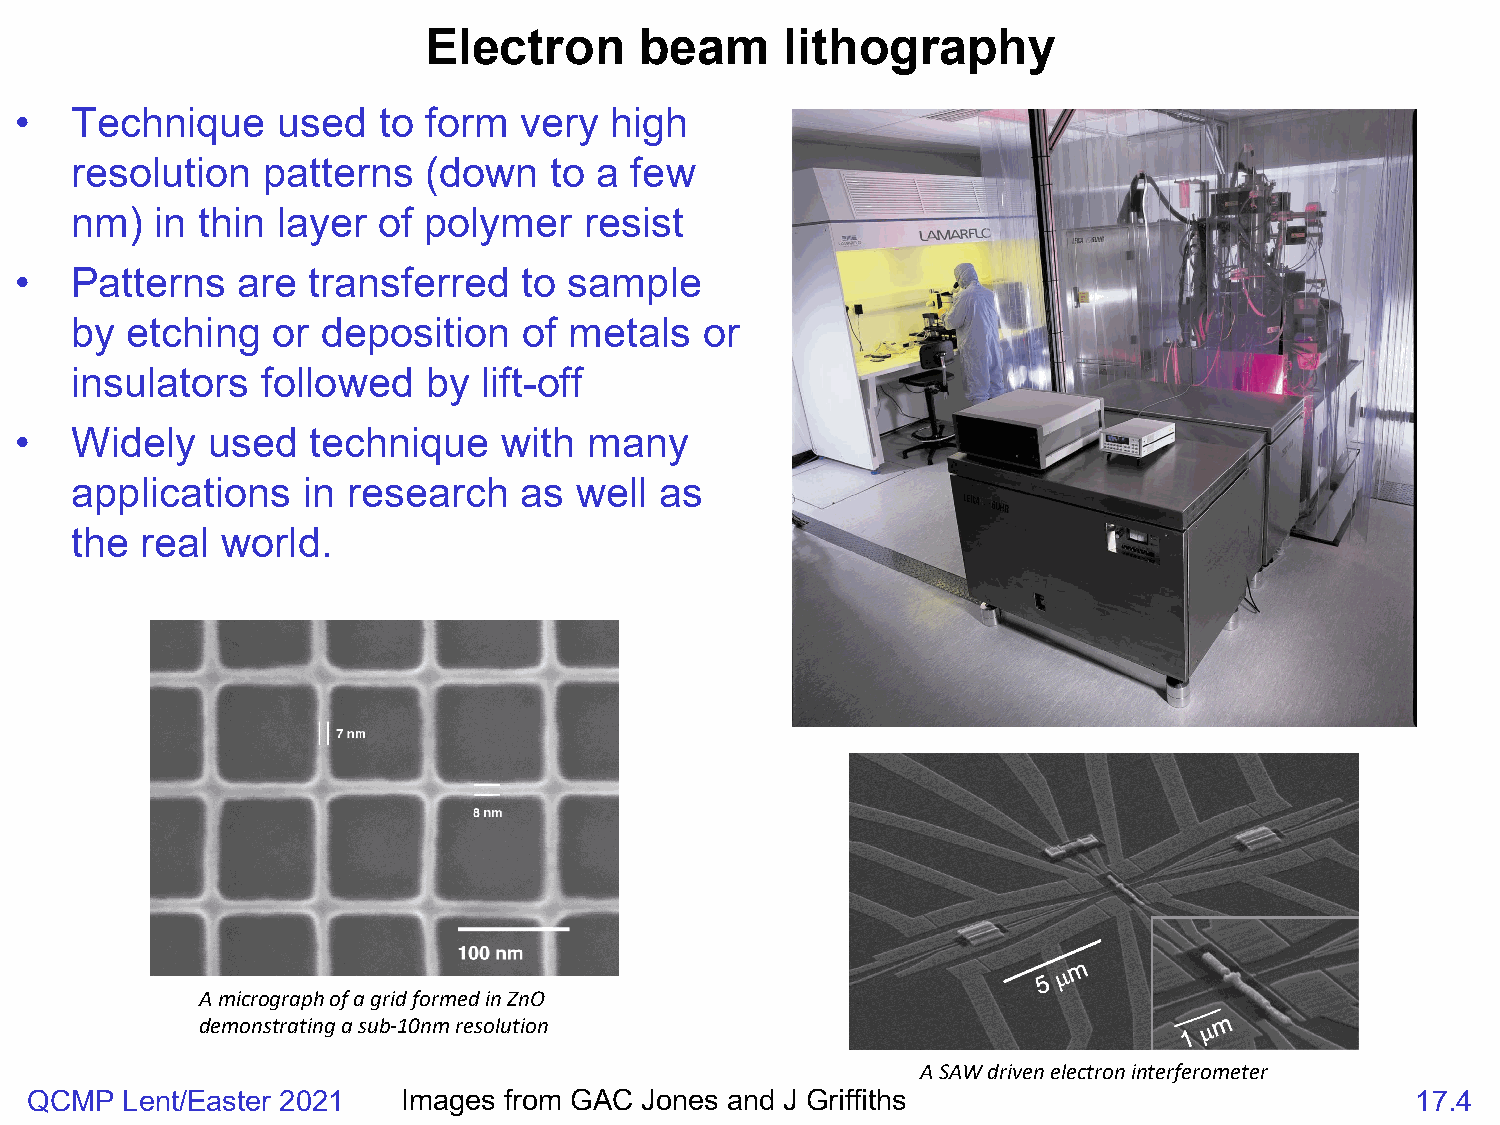
Electron      beam      lithography
 •   Technique    used   to form  very  high
 resolution  patterns   (down   to a  few
 nm)  in thin layer  of polymer    resist
 •   Patterns   are transferred    to sample
 by etching   or deposition    of metals   or
 insulators  followed   by  lift-off
 •   Widely   used   technique   with  many
 applications   in research   as  well  as
 the real  world.
 A micrograph of a grid formed in ZnO
 demonstrating a sub-10nm resolution
 A SAW driven electron interferometer
 QCMP  Lent/Easter 2021   Images from GAC Jones and J Griffiths                              17.4